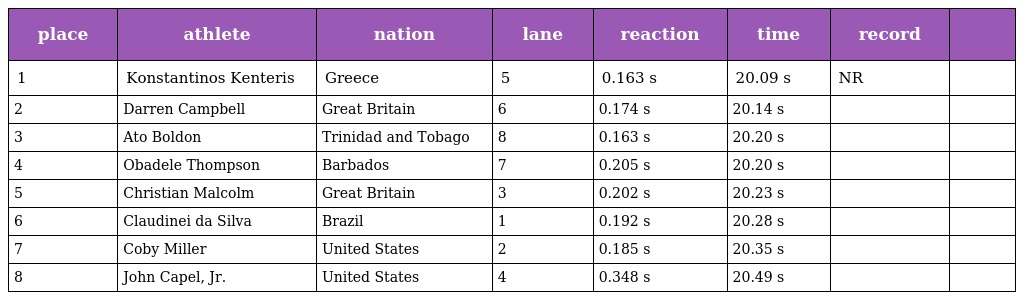
| place | athlete | nation | lane | reaction | time | record |  |
 | --- | --- | --- | --- | --- | --- | --- | --- |
 | 1 | Konstantinos Kenteris | Greece | 5 | 0.163 s | 20.09 s | NR |  |
 | 2 | Darren Campbell | Great Britain | 6 | 0.174 s | 20.14 s |  |  |
 | 3 | Ato Boldon | Trinidad and Tobago | 8 | 0.163 s | 20.20 s |  |  |
 | 4 | Obadele Thompson | Barbados | 7 | 0.205 s | 20.20 s |  |  |
 | 5 | Christian Malcolm | Great Britain | 3 | 0.202 s | 20.23 s |  |  |
 | 6 | Claudinei da Silva | Brazil | 1 | 0.192 s | 20.28 s |  |  |
 | 7 | Coby Miller | United States | 2 | 0.185 s | 20.35 s |  |  |
 | 8 | John Capel, Jr. | United States | 4 | 0.348 s | 20.49 s |  |  |